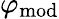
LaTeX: \varphi_{\mathrm{mod}}